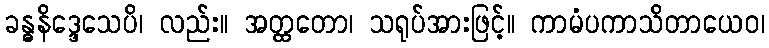
ခန္ဓနိဒ္ဒေသေပိ၊ လည်း။ အတ္ထတော၊ သရုပ်အားဖြင့်။ ကာမံပကာသိတာယေဝ၊